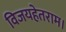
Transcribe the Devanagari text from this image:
विजयहेतराम।